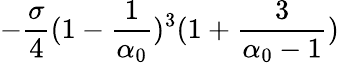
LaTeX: -\frac{\sigma}{4}(1-\frac{1}{\alpha_{0}})^{3}(1+\frac{3}{\alpha_{0}-1})